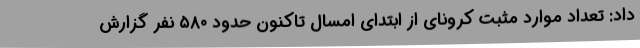
داد: تعداد موارد مثبت کرونای از ابتدای امسال تاکنون حدود ۵۸۰ نفر گزارش